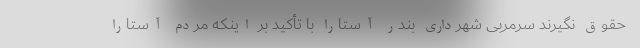
حقوق نگیرند سرمربی شهرداری بندر آستارا با تأکید بر اینکه مردم آستارا